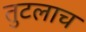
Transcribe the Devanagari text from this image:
तुटलाच